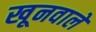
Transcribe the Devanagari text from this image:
खूनवाले